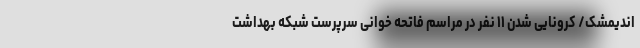
اندیمشک/ کرونایی شدن ۱۱ نفر در مراسم فاتحه خوانی سرپرست شبکه بهداشت